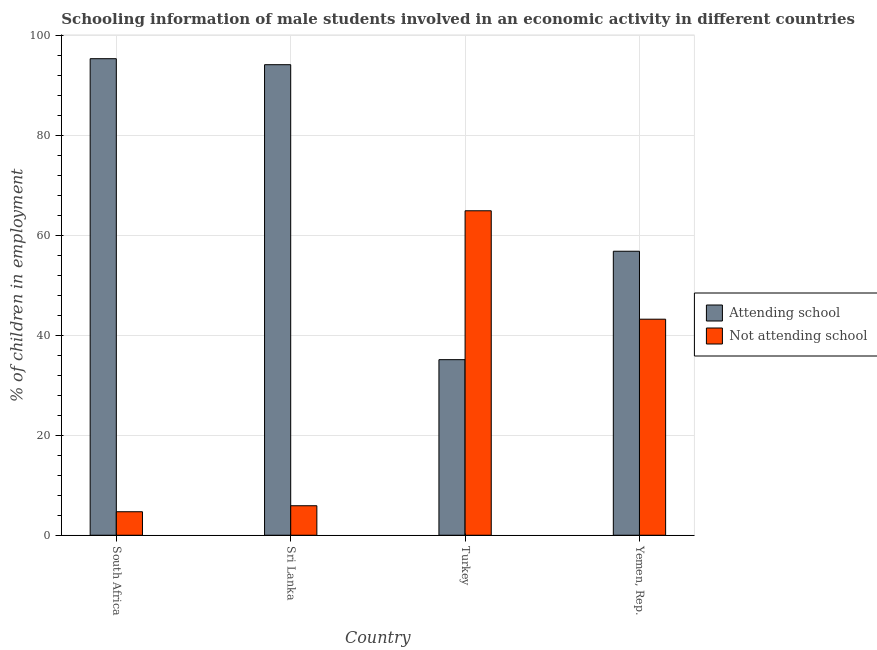
| Country | Attending school | Not attending school |
 | --- | --- | --- |
 | South Africa | 95.3 | 4.7 |
 | Sri Lanka | 94.1 | 5.9 |
 | Turkey | 35.1 | 64.9 |
 | Yemen, Rep. | 56.8 | 43.2 |